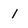
Character: 1